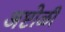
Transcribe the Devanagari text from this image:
अष्टोळी